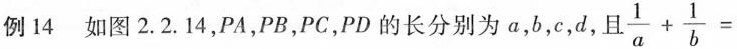
例14 如图2.2.14，PA，PB，PC，PD的长分别为a，b，c，d，且 $$\frac{1}{a}+ \frac{1}{b}=$$